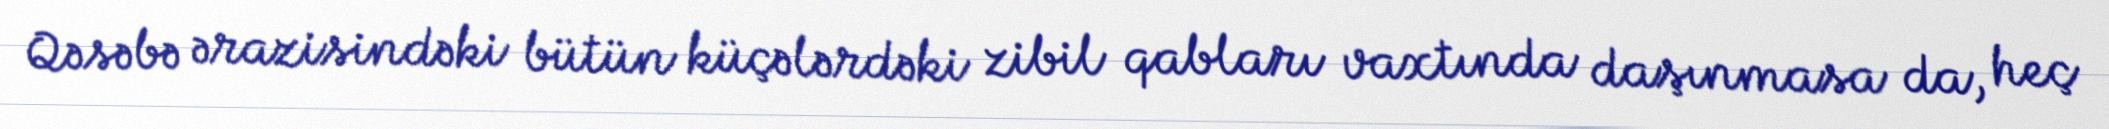
Qəsəbə ərazisindəki bütün küçələrdəki zibil qabları vaxtında daşınmasa da, heç